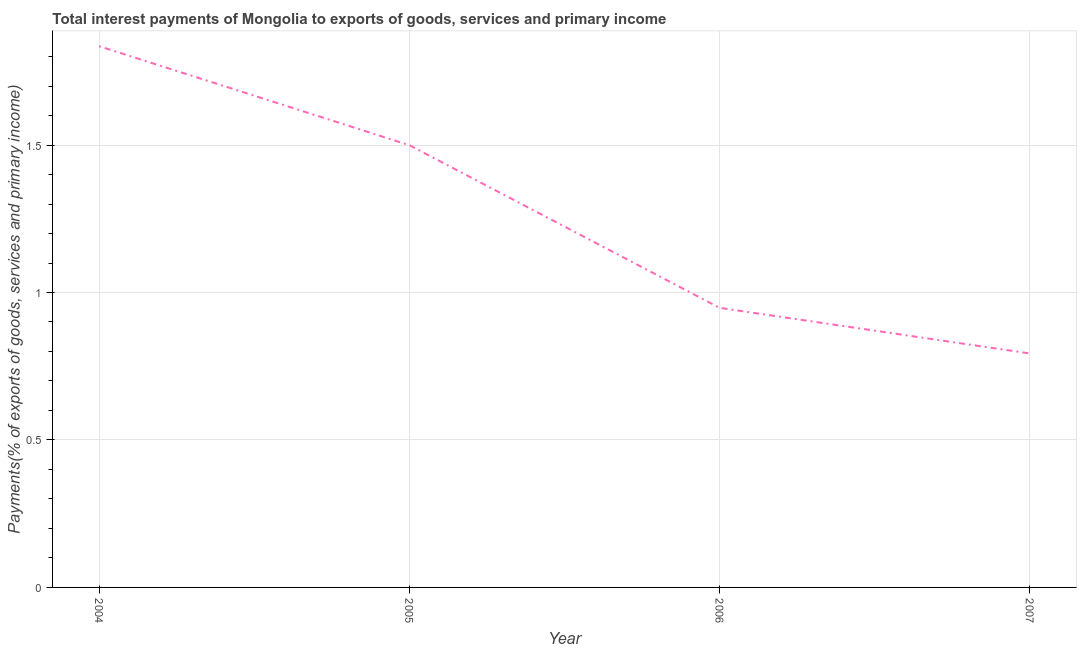
| Year | Interest payments on external debt |
 | --- | --- |
 | 2004 | 1.84 |
 | 2005 | 1.5 |
 | 2006 | 0.948 |
 | 2007 | 0.793 |